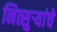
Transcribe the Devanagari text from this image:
नित्सुर्‍यांचे